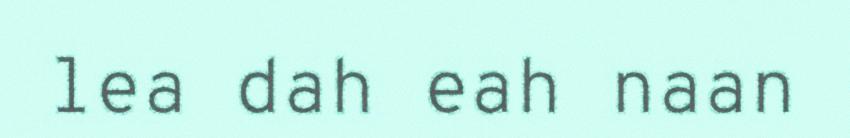
lea dah eah naan